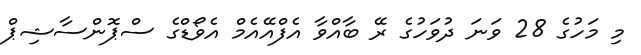
މި މަހުގެ 28 ވަނަ ދުވަހުގެ ރޭ ބާއްވާ އެފްއޭއެމް އެވޯޑްގެ ސްޕޮންސާޝިޕް